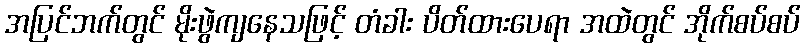
အပြင်ဘက်တွင် မိုးဖွဲကျနေသဖြင့် တံခါး ပိတ်ထားပေရာ အထဲတွင် အိုက်စပ်စပ်